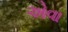
એવા